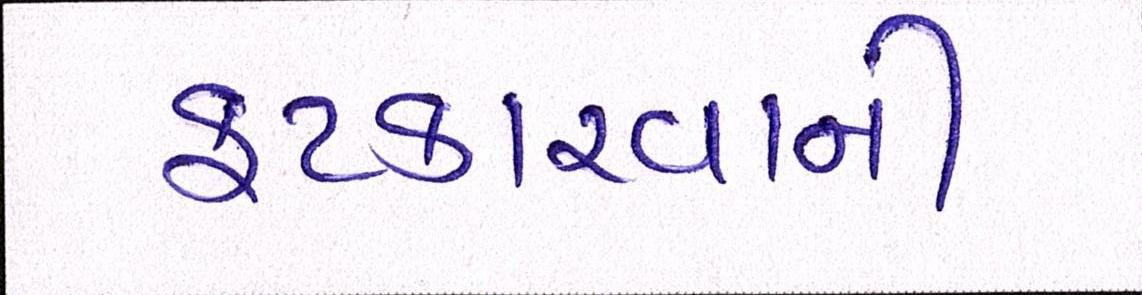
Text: ફટકારવાની